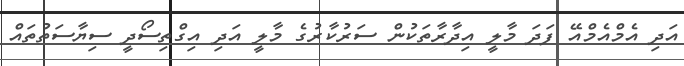
އަދި އެމްއެމްއޭ ފަދަ މާލީ އިދާރާތަކުން ސަރުކާރުގެ މާލީ އަދި އިގްތިސޯދީ ސިޔާސަތުތައް